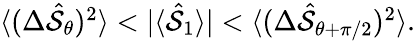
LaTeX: \begin{array}{r}{\langle(\Delta\hat{\cal S}_{\theta})^{2}\rangle<|\langle\hat{\cal S}_{1}\rangle|<\langle(\Delta\hat{\cal S}_{\theta+\pi/2})^{2}\rangle.}\end{array}